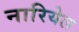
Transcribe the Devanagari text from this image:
नारियेल